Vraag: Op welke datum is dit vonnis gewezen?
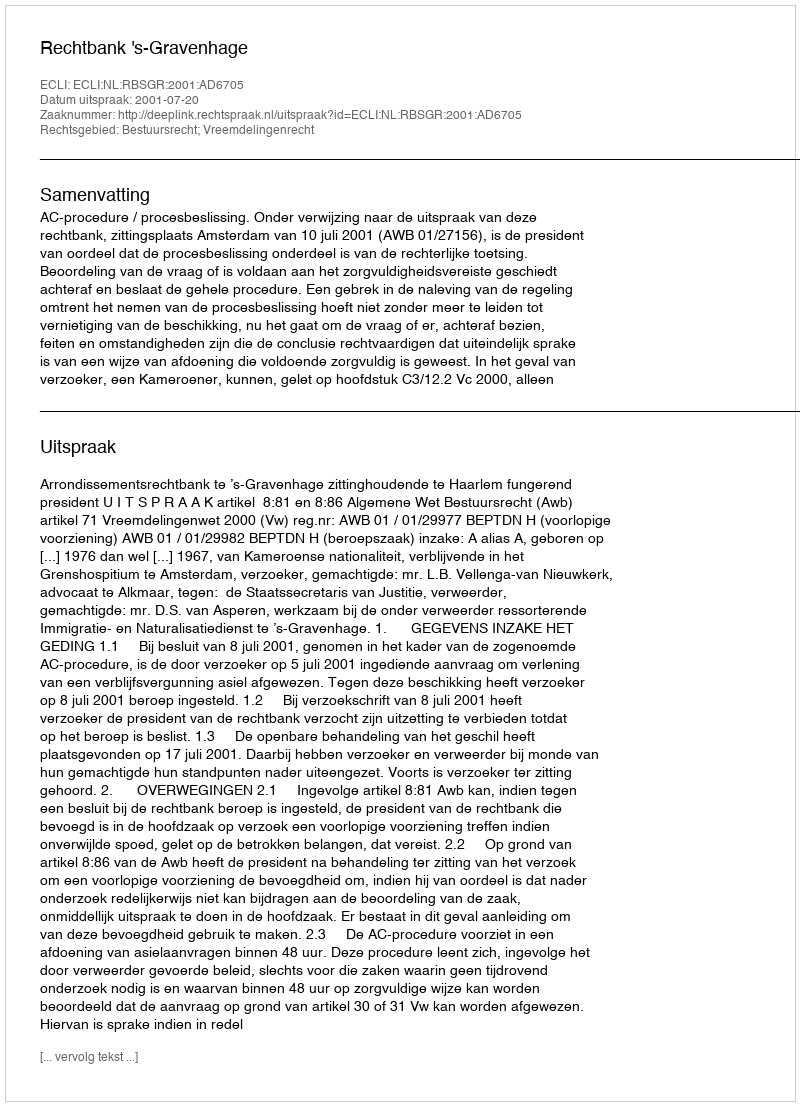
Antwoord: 2001-07-20